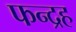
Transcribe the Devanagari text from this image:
फन्द्रह